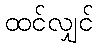
ထင်လျှင်